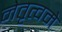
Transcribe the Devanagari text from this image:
नेतृत्वमे